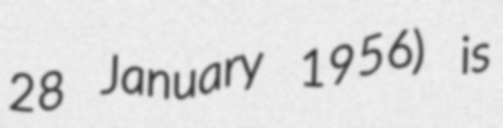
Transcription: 28 January 1956) is